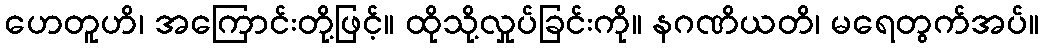
ဟေတူဟိ၊ အကြောင်းတို့ဖြင့်။ ထိုသို့လှုပ်ခြင်းကို။ နဂဏိယတိ၊ မရေတွက်အပ်။